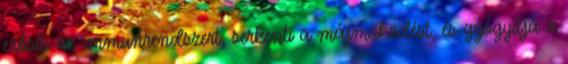
erősíti az immunrendszert, serkenti a májműködést, és gyógyítja a